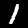
Digit: 1